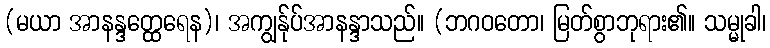
(မယာ အာနန္ဒတ္ထေရေန)၊ အကျွန်ုပ်အာနန္ဒာသည်။ (ဘဂဝတော၊ မြတ်စွာဘုရား၏။ သမ္မုခါ၊